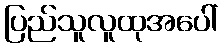
ပြည်သူလူထုအပေါ်